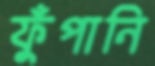
ফুঁপানি